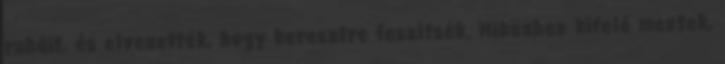
ruháit, és elvezették, hogy keresztre feszítsék. Miközben kifelé mentek,